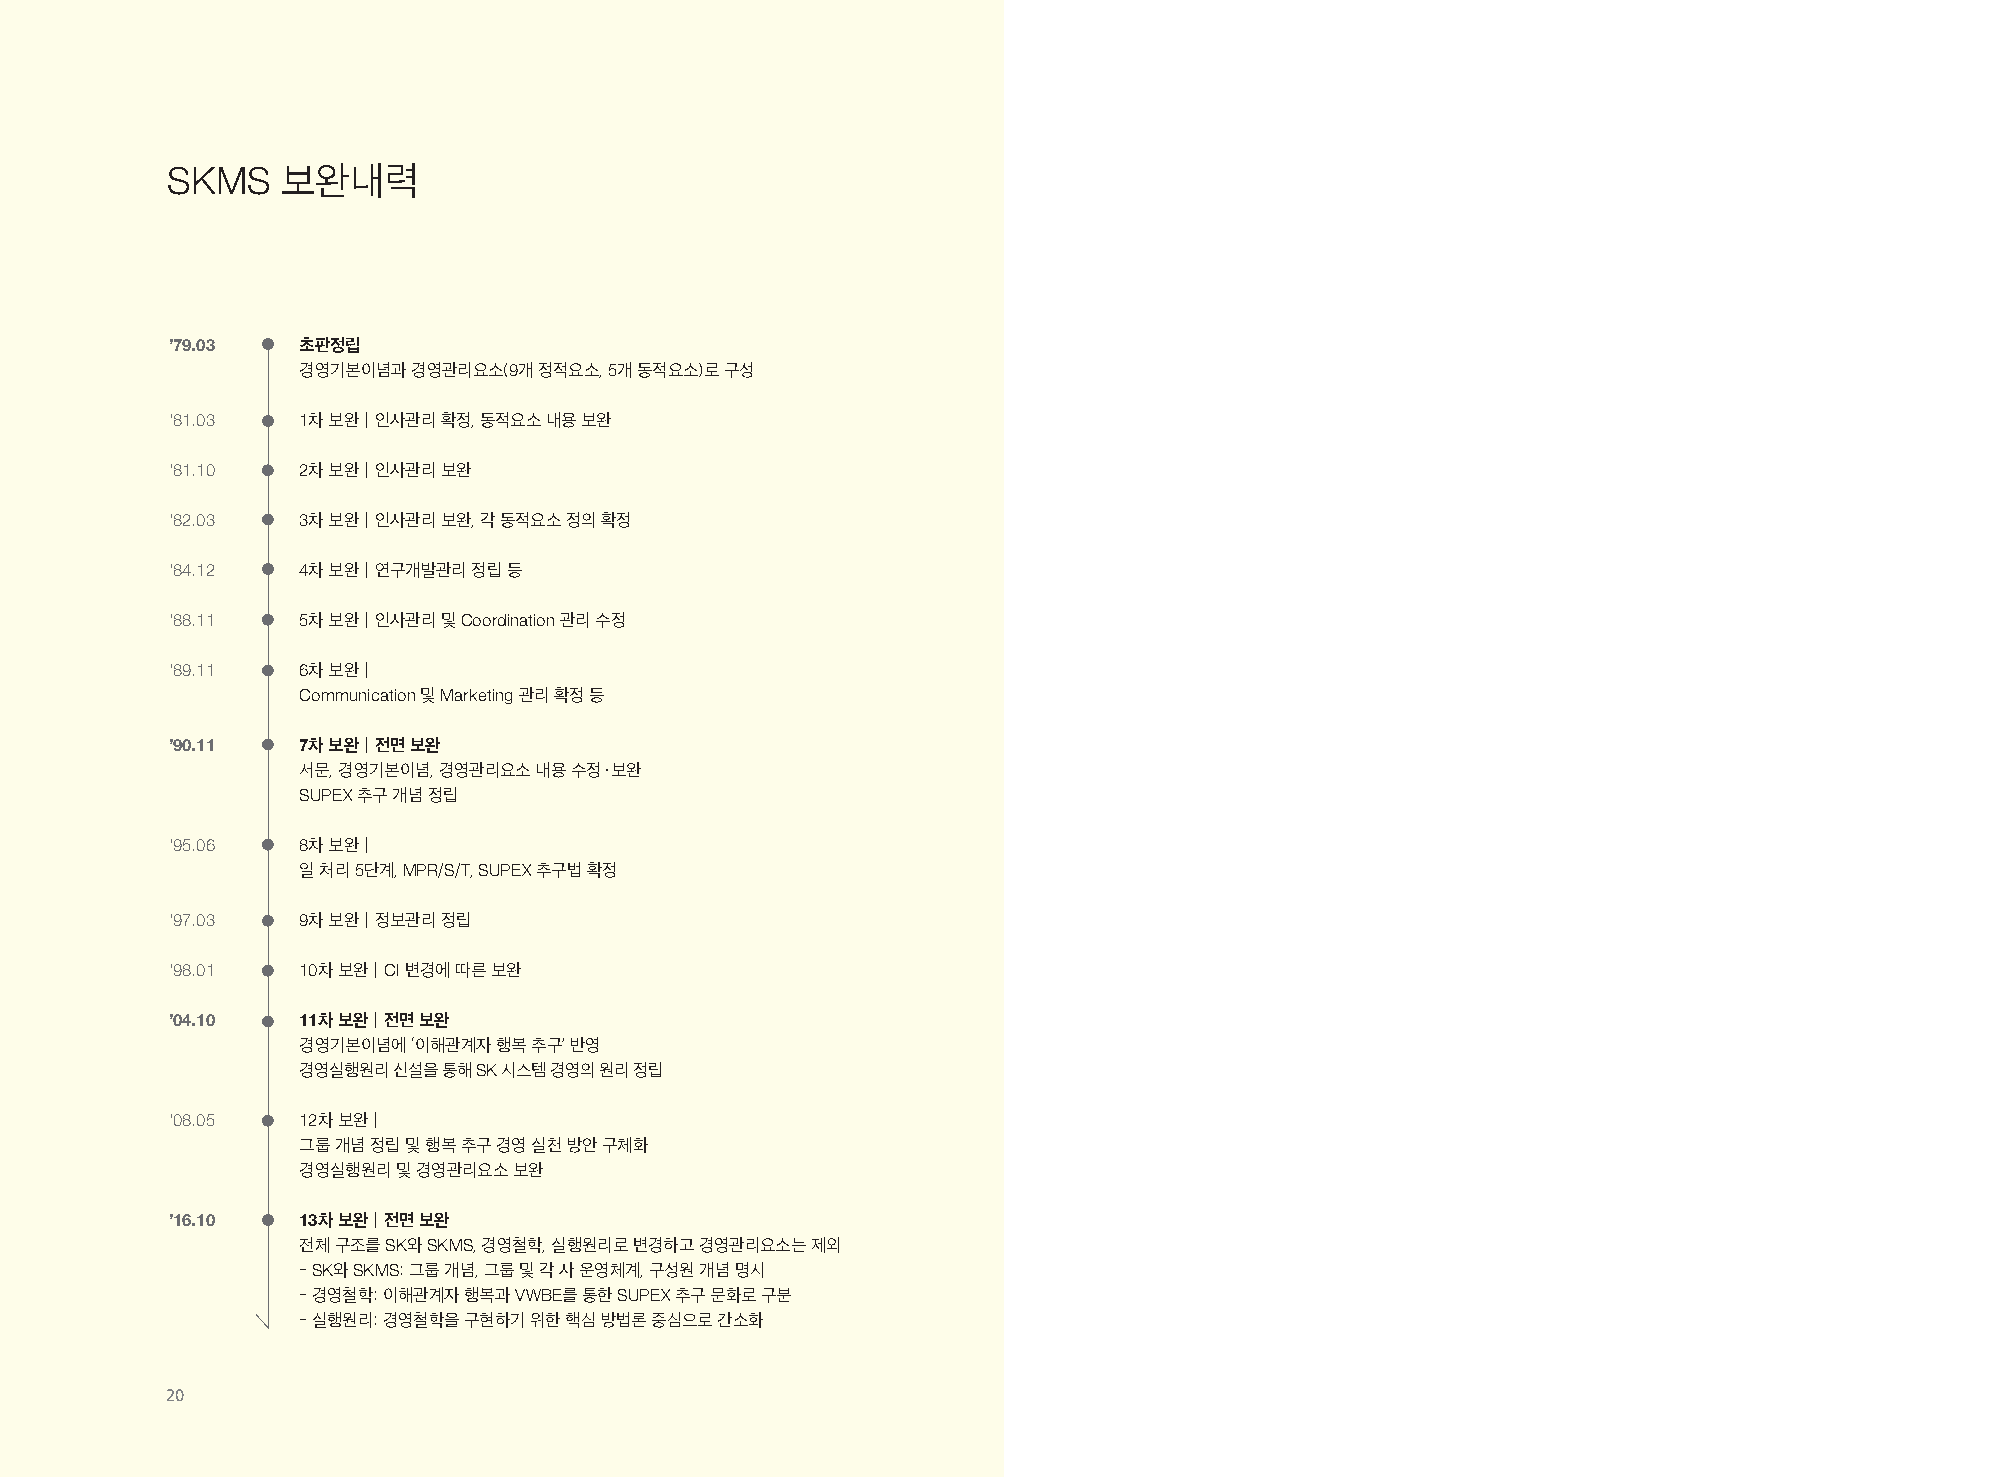
SKMS    보완내력
 ’79.03   초판정립
 경영기본이념과 경영관리요소(9개 정적요소, 5개 동적요소)로 구성
 ’81.03   1차 보완―인사관리 확정, 동적요소 내용 보완
 ’81.10   2차 보완―인사관리 보완
 ’82.03   3차 보완―인사관리 보완, 각 동적요소 정의 확정
 ’84.12   4차 보완―연구개발관리 정립 등
 ’88.11   5차 보완―인사관리 및 Coordination 관리 수정
 ’89.11   6차 보완―
 Communication 및 Marketing 관리 확정 등
 ’90.11   7차 보완―전면 보완
 서문, 경영기본이념, 경영관리요소 내용 수정·보완
 SUPEX 추구 개념 정립
 ’95.06   8차 보완―
 일 처리 5단계, MPR/S/T, SUPEX 추구법 확정
 ’97.03   9차 보완―정보관리 정립
 ’98.01   10차 보완―CI 변경에 따른 보완
 ’04.10   11차 보완―전면 보완
 경영기본이념에 ‘이해관계자 행복 추구’ 반영
 경영실행원리 신설을 통해 SK 시스템 경영의 원리 정립
 ’08.05   12차 보완―
 그룹 개념 정립 및 행복 추구 경영 실천 방안 구체화
 경영실행원리 및 경영관리요소 보완
 ’16.10   13차 보완―전면 보완
 전체 구조를 SK와 SKMS, 경영철학, 실행원리로 변경하고 경영관리요소는 제외
 - SK와 SKMS: 그룹 개념, 그룹 및 각 사 운영체계, 구성원 개념 명시
 - 경영철학: 이해관계자 행복과 VWBE를 통한 SUPEX 추구 문화로 구분
 - 실행원리: 경영철학을 구현하기 위한 핵심 방법론 중심으로 간소화
 20